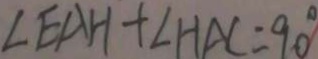
\angle E A H + \angle H A C = 9 0 ^ { \circ }